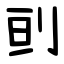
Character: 刯